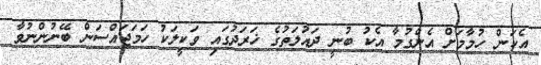
އެކަން ހުމާމަށް އެންގުމާ އެކު ބުނީ ދައުލަތުގެ ޚަރަދުގައި ވަކީލަކު ހަމަޖައްސަން ބޭނުންނުވާ